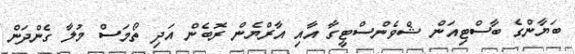
ބަޔާންގެ ބާސްޓިއަން ޝްވެންސްޓީގާ އާއި އާރްޔެން ރޮބެން އަދި ތޯމަސް މުލާ ގެންދަން